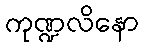
ကုဏ္ဍလိနော